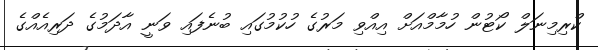
ކްރިމިނަލް ކޯޓުން ހުމާމްއަށް އިއްވި މަރުގެ ހުކުމުގައި ބުނެފައި ވަނީ އާދަމުގެ ދަރިއެއްގެ